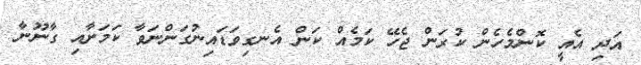
އަދި އެއީ ކޮންމެހެން ކުރަން ޖެހޭ ކަމެއް ކަން އެނގިވަޑައިނުގަންނަވާ ކަމަށާއި ގާނޫނާ